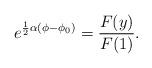
LaTeX: \begin{align*}{e^{\frac{1}{2}\alpha(\phi-\phi_0)}=\frac{F(y)}{F(1)}.}\end{align*}